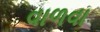
વાળવા